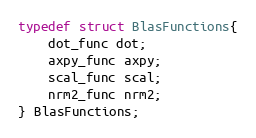
Language: C
typedef struct BlasFunctions{
    dot_func dot;
    axpy_func axpy;
    scal_func scal;
    nrm2_func nrm2;
} BlasFunctions;